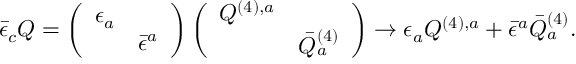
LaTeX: \bar { \epsilon } _ { c } { \cal Q } = \left( \begin{array} { c c } { { \epsilon _ { a } } } & { { } } \\ { { } } & { { \bar { \epsilon } ^ { a } } } \end{array} \right) \left( \begin{array} { c c } { { { \cal Q } ^ { ( 4 ) , a } } } & { { } } \\ { { } } & { { \bar { { \cal Q } } _ { a } ^ { ( 4 ) } } } \end{array} \right) \rightarrow \epsilon _ { a } { \cal Q } ^ { ( 4 ) , a } + \bar { \epsilon } ^ { a } \bar { { \cal Q } } _ { a } ^ { ( 4 ) } .